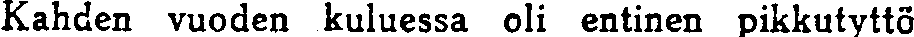
Kahden vuoden kuluessa oli entinen pikkutyttö